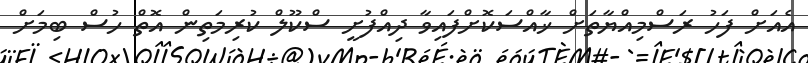
އެއަށް ފަހު ރަސްމިއްޔާތަށް ޚާއްސަކޮށްފައިވާ ދިއްފުށީ ސްކޫލް ކުރިމަތިން އޮތް ހުސް ބިމަށް